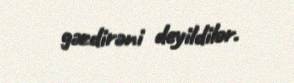
gəzdirəni deyildilər.